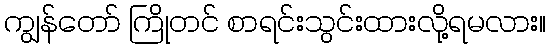
ကျွန်တော် ကြိုတင် စာရင်းသွင်းထားလို့ရမလား။